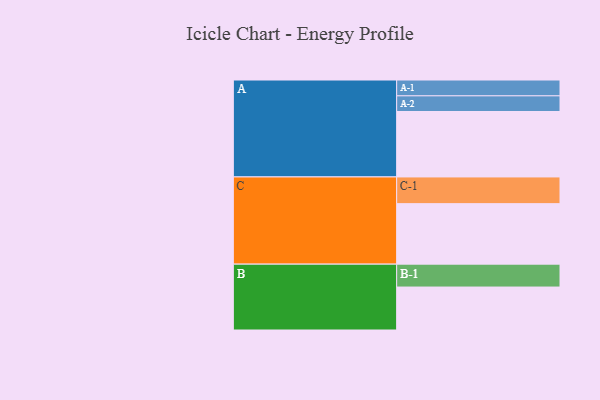
{"axis": {"x": "Segment", "y": "Value"}, "legend": ["", "A", "B", "C"], "data": [{"x": "A", "y": 463, "type": ""}, {"x": "B", "y": 304, "type": ""}, {"x": "C", "y": 428, "type": ""}, {"x": "A-1", "y": 112, "type": "A"}, {"x": "A-2", "y": 111, "type": "A"}, {"x": "B-1", "y": 162, "type": "B"}, {"x": "C-1", "y": 189, "type": "C"}]}